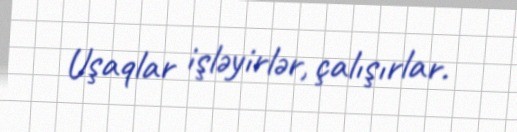
Uşaqlar işləyirlər, çalışırlar.